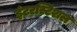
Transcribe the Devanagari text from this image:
इंटरस्टिशल